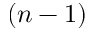
( n - 1 )